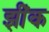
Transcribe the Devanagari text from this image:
झींक